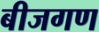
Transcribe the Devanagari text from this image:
बीजगण